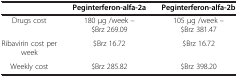
|  | Peginterferon-alfa-2a | Peginterferon-alfa-2b |
 | --- | --- | --- |
 | Drugs cost | 180 μg /week – $Brz 269.09 | 105 μg /week –$Brz 381.47 |
 | Ribavirin cost per week | $Brz 16.72 | $Brz 16.72 |
 | Weekly cost | $Brz 285.82 | $Brz 398.20 |